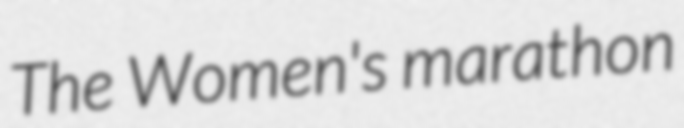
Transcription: The Women's marathon